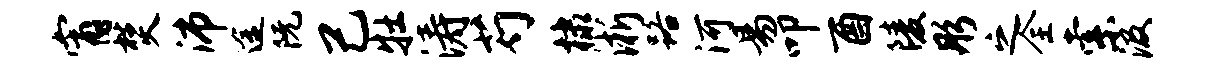
宵焚沛途阮己牡涛芍棣淅路河易叩酉陵彤之全索汲